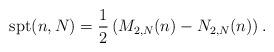
LaTeX: \begin{align*}\mathrm{spt}(n, N) = \frac{1}{2}\left(M_{2,N}(n)- N_{2,N}(n) \right).\end{align*}